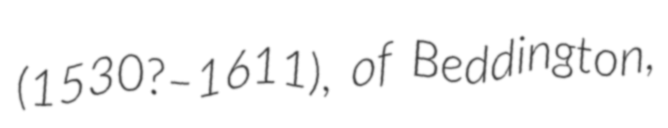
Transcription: (1530?–1611), of Beddington,